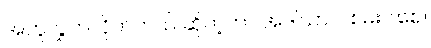
အတူလွှတ်လိုက်တယ် ဆိုတဲ့ဟာ အဲဒါသာ ပါစမ်းပါစေ။